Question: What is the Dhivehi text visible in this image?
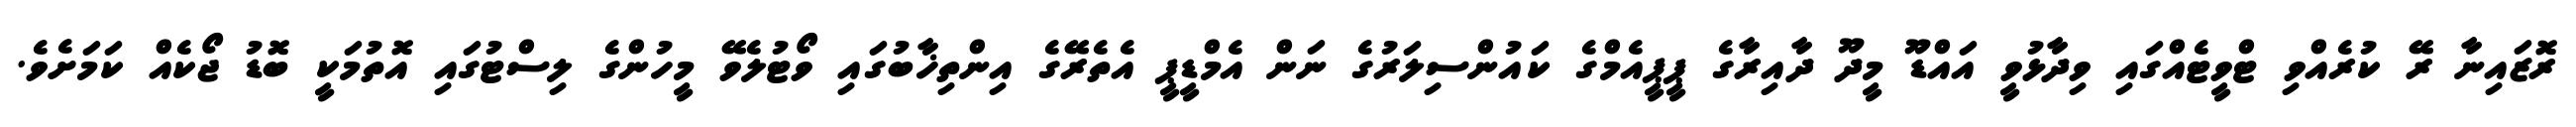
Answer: ރޮޒައިނާ ރޭ ކުރެއްވި ޓްވީޓެއްގައި ވިދާޅުވީ އައްޑޫ މީދޫ ދާއިރާގެ ޕީޕީއެމްގެ ކައުންސިލަރުގެ ނަން އެމްޑީޕީ އެތެރޭގެ އިންތިޚާބުގައި ވޯޓުލެވޭ މީހުންގެ ލިސްޓުގައި އޮތުމަކީ ބޮޑު ޖޯކެއް ކަމަށެވެ.